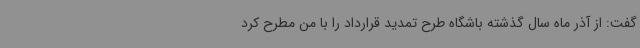
گفت: از آذر ماه سال گذشته باشگاه طرح تمدید قرارداد را با من مطرح کرد